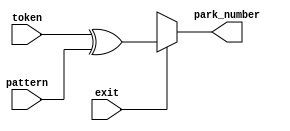
/*--  *******************************************************
--  Computer Architecture Course, Laboratory Sources 
--  Amirkabir University of Technology (Tehran Polytechnic)
--  Department of Computer Engineering (CE-AUT)
--  https://ce[dot]aut[dot]ac[dot]ir
--  *******************************************************
--  All Rights reserved (C) 2021-2022
--  *******************************************************
--  Student ID  : 9931078 9931072
--  Student Name: Kimia Montazeri & Sina Shariati
--  Student Mail: kimia.mtz@gmail.com sina.shariati@aut.ac.ir
--  *******************************************************
--  Additional Comments:
--
--*/

/*-----------------------------------------------------------
---  Module Name: decrypt 
-----------------------------------------------------------*/
`timescale 1 ns/1 ns
module decrypt(exit, token, pattern, park_number);
    input exit;
    input  [2:0] token;
    input  [2:0] pattern;
    output [2:0] park_number;
    
    assign park_number = exit ? (token ^ pattern) : 3'bxxx; 
    
endmodule